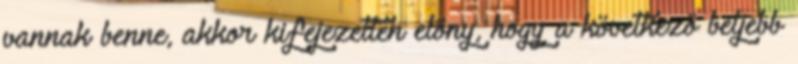
vannak benne, akkor kifejezetten előny, hogy a következő beljebb